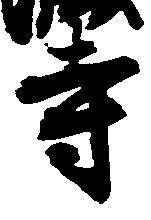
寺